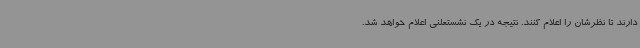
دارند تا نظرشان را اعلام کنند. نتیجه در یک نشستعلنی اعلام خواهد شد.